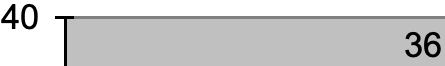
40 36